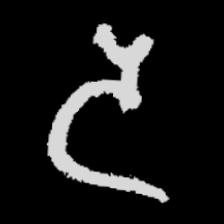
Pyu character \u2014 Myanmar letter: ဒ (romanized: da)